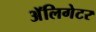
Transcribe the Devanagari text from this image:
अॅलिगेटर